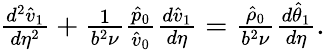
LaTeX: \begin{array}{r}{\frac{d^{2}\hat{v}_{1}}{d\eta^{2}}+\frac{1}{b^{2}\nu}\frac{\hat{p}_{0}}{\hat{v}_{0}}\frac{d\hat{v}_{1}}{d\eta}=\frac{\hat{\rho}_{0}}{b^{2}\nu}\frac{d\hat{\theta}_{1}}{d\eta}.}\end{array}